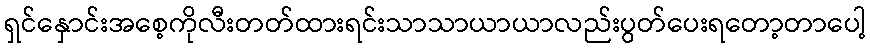
ရှင်နှောင်းအစေ့ကိုလီးတတ်ထားရင်းသာသာယာယာလည်းပွတ်ပေးရတော့တာပေါ့